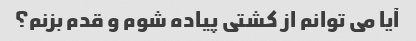
آیا می توانم از کشتی پیاده شوم و قدم بزنم؟